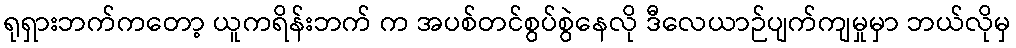
ရုရှားဘက်ကတော့ ယူကရိန်းဘက် က အပစ်တင်စွပ်စွဲနေလို ဒီလေယာဉ်ပျက်ကျမှုမှာ ဘယ်လိုမှ